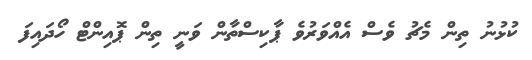
ކުޅުނު ތިން މެޗު ވެސް އެއްވަރުވެ ޕާކިސްތާން ވަނީ ތިން ޕޮއިންޓް ހޯދައިފަ